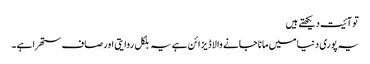
تو آئیت دیکھتے ہیں
یہ پوری دنیا میں مانا جانے والا ڈیزائن ہے یہ بلکل روایتی اور صاف ستھرا ہے ۔